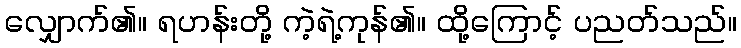
လျှောက်၏။ ရဟန်းတို့ ကဲ့ရဲ့ကုန်၏။ ထို့ကြောင့် ပညတ်သည်။